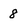
Character: 8